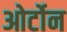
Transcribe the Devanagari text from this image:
ओर्टोन